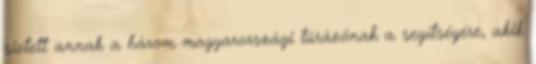
sietett annak a három magyarországi túrázónak a segítségére, akik